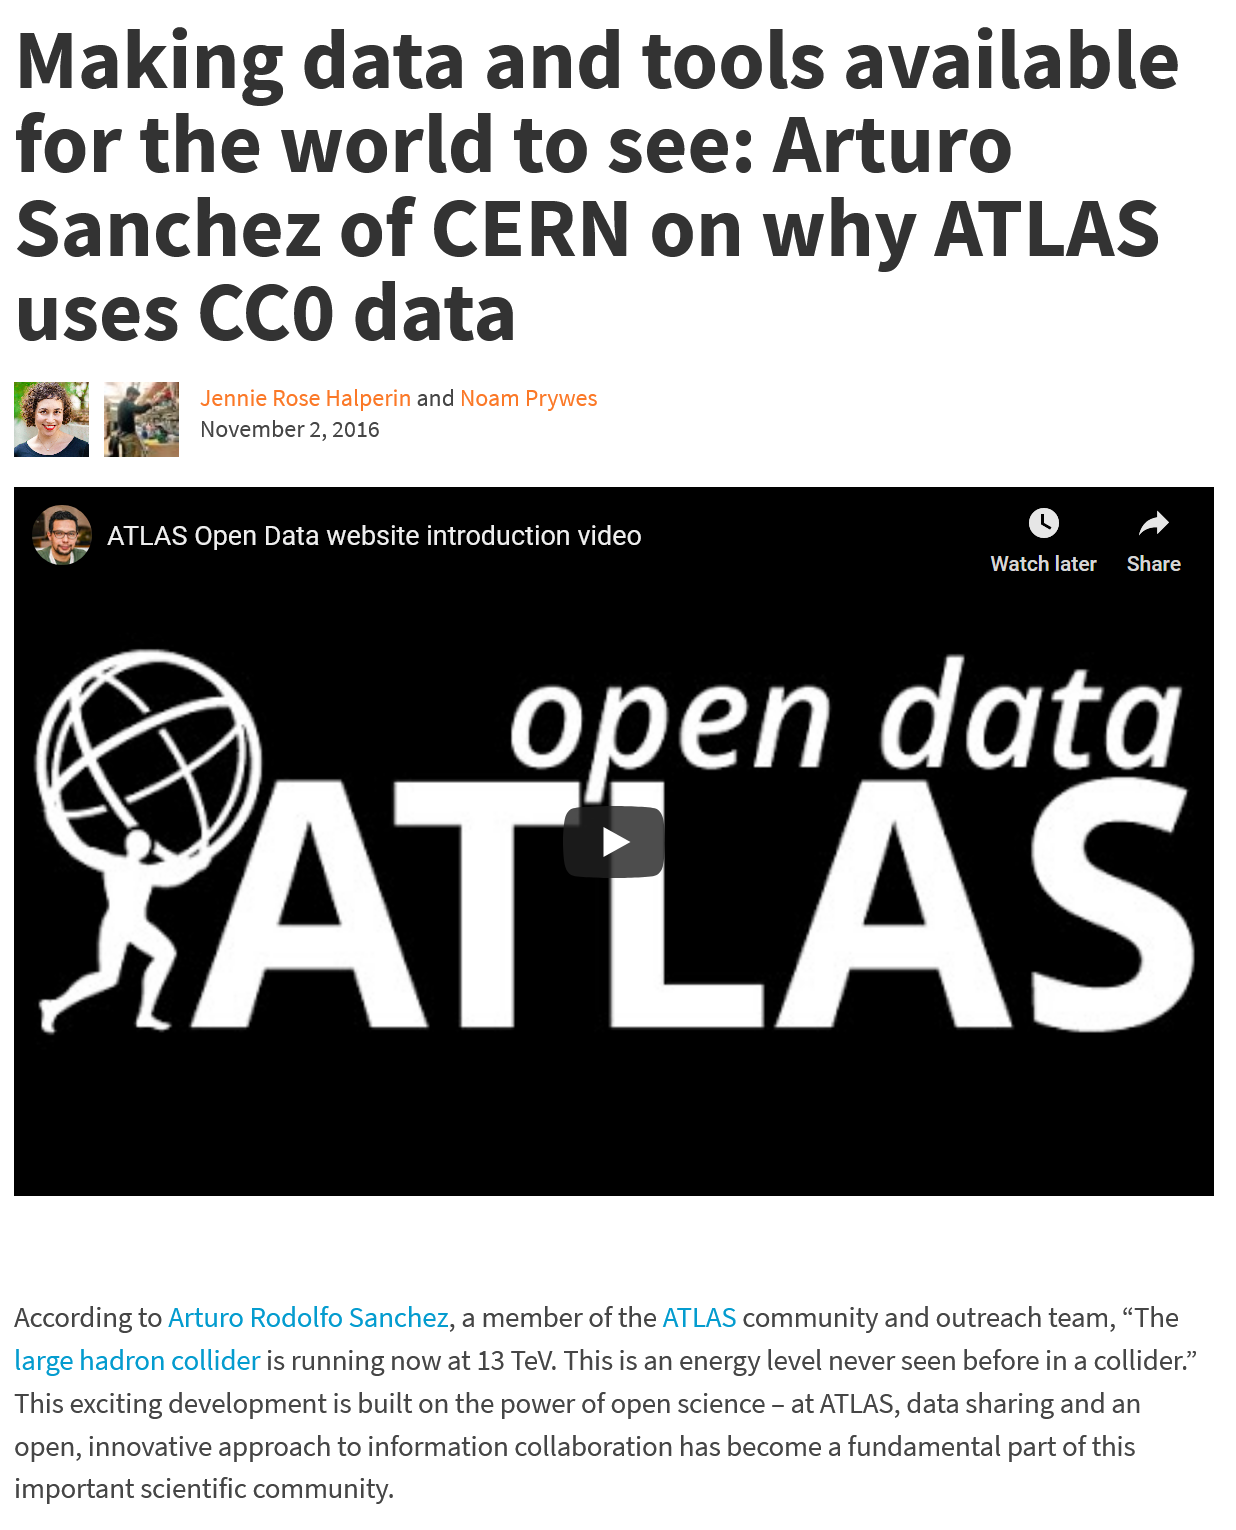
Making    data    and    tools    available
  for    the    world    to    see:    Arturo
  Sanchez    of    CERN    on    why    ATLAS
  uses    CCO    data
   =    ATLAS  Open Data website introduction video
     CY    lad
     MET)
   yy    Tr
     a
     AVP
  According to Arturo Rodolfo Sanchez, a member of the ATLAS community and outreach team, “The
  large hadron collider is running now at 13 TeV. This is an energy level never seen before in a collider.”
  This exciting development is built on the power of open science
     -
     at ATLAS, data sharing and an
  open, innovative approach to information collaboration has become a fundamental part of this
  important scientific community.
     Jennie Rose Halperin and Noam Prywes
     November 2, 2016